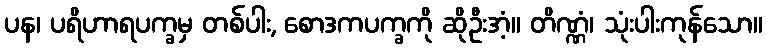
ပန၊ ပရိဟာရပက္ခမှ တစ်ပါး, စောဒကပက္ခကို ဆိုဦးအံ့။ တိဏ္ဏံ၊ သုံးပါးကုန်သော။